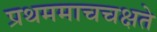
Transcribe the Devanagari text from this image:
प्रथममाचचक्षते